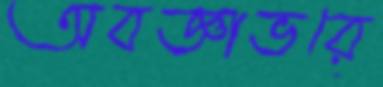
অবজ্ঞাভরে